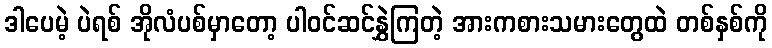
ဒါပေမဲ့ ပဲရစ် အိုလံပစ်မှာတော့ ပါဝင်ဆင်နွှဲကြတဲ့ အားကစားသမားတွေထဲ တစ်နှစ်ကို